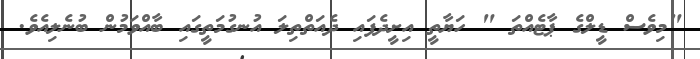
"މިވެސް ޑީލްގެ ޕާޓެއްތަ " ހަޔާތީ އިށީދެފައި ދެއަތްތިލަ އުނގުމަތީގައި ބާއްވަމުން ބުނެލިއެވެ.